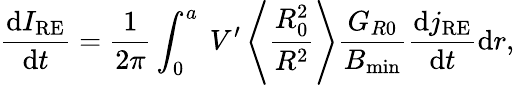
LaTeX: \frac{\mathrm{d}I_{\mathrm{RE}}}{\mathrm{d}t}=\frac{1}{2\pi}\int_{0}^{a}~V^{\prime}\left\langle\frac{R_{0}^{2}}{R^{2}}\right\rangle\frac{G_{R0}}{B_{\mathrm{min}}}\frac{\mathrm{d}j_{\mathrm{RE}}}{\mathrm{d}t}\mathrm{d}r,